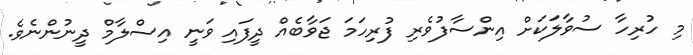
މި ހުރިހާ ސުވާލަކަށް އިންސާފުވެރި ފުރިހަމަ ޖަވާބެއް ދީފައި ވަނީ އިސްލާމް ދީނުންނެވެ.